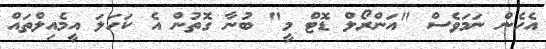
އެހެން ނަމަވެސް "އަންރޯލް ޑޮޓް މީ" ބުނާ ގޮތުން އެ ކަހަލަ އީމެއިލްތައް